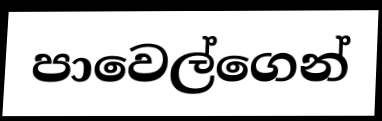
පාවෙල්ගෙන්